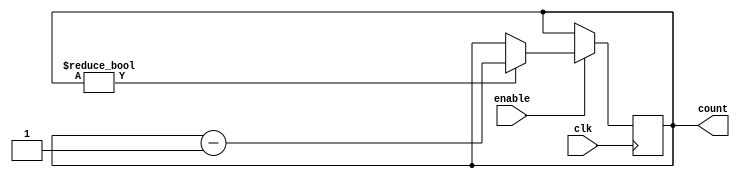
module binary_down_counter_with_enable
(
  input wire clk,
  input wire enable,
  output reg [3:0] count
);

always @ (posedge clk)
begin
  if(enable)
  begin
    if(count != 4'b0000)
      count <= count - 1;
  end
end

endmodule